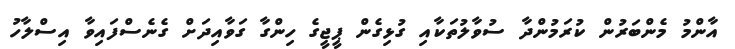
އާންމު މެންބަރުން ކުރަމުންދާ ސުވާލުތަކާއި ގުޅިގެން ޕީޖީގެ ހިންގާ ގަވާއިދަށް ގެނެސްފައިވާ އިސްލާހު